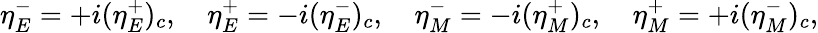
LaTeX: \eta_{E}^{-}=+i(\eta_{E}^{+})_{c},\quad\eta_{E}^{+}=-i(\eta_{E}^{-})_{c},\quad\eta_{M}^{-}=-i(\eta_{M}^{+})_{c},\quad\eta_{M}^{+}=+i(\eta_{M}^{-})_{c},